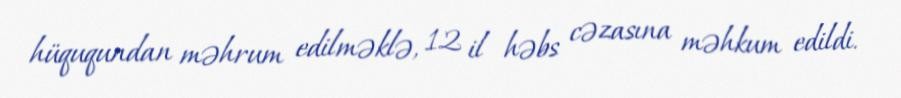
hüququndan məhrum edilməklə, 12 il həbs cəzasına məhkum edildi.